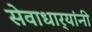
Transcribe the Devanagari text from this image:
सेवाधार्‍यांनी